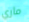
ماري